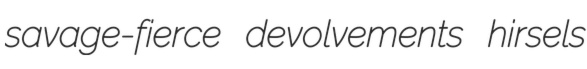
savage-fierce devolvements hirsels